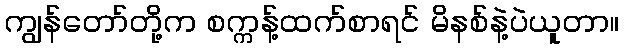
ကျွန်တော်တို့က စက္ကန့်ထက်စာရင် မိနစ်နဲ့ပဲယူတာ။